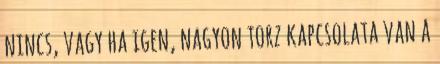
nincs, vagy ha igen, nagyon torz kapcsolata van a